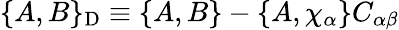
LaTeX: \{ A,B\} _{\mathrm{D}}\equiv\{ A,B\} -\{ A,\chi_{\alpha}\} C_{\alpha\beta}